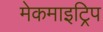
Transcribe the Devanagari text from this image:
मेकमाइट्रिप